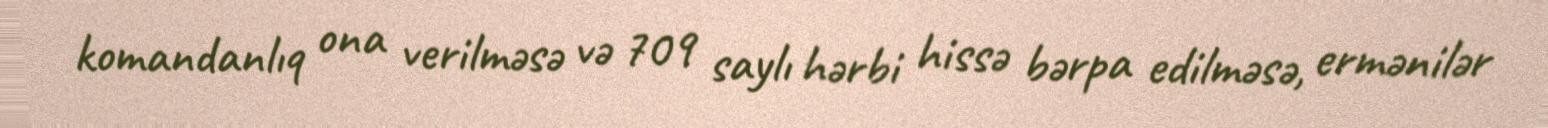
komandanlıq ona verilməsə və 709 saylı hərbi hissə bərpa edilməsə, ermənilər